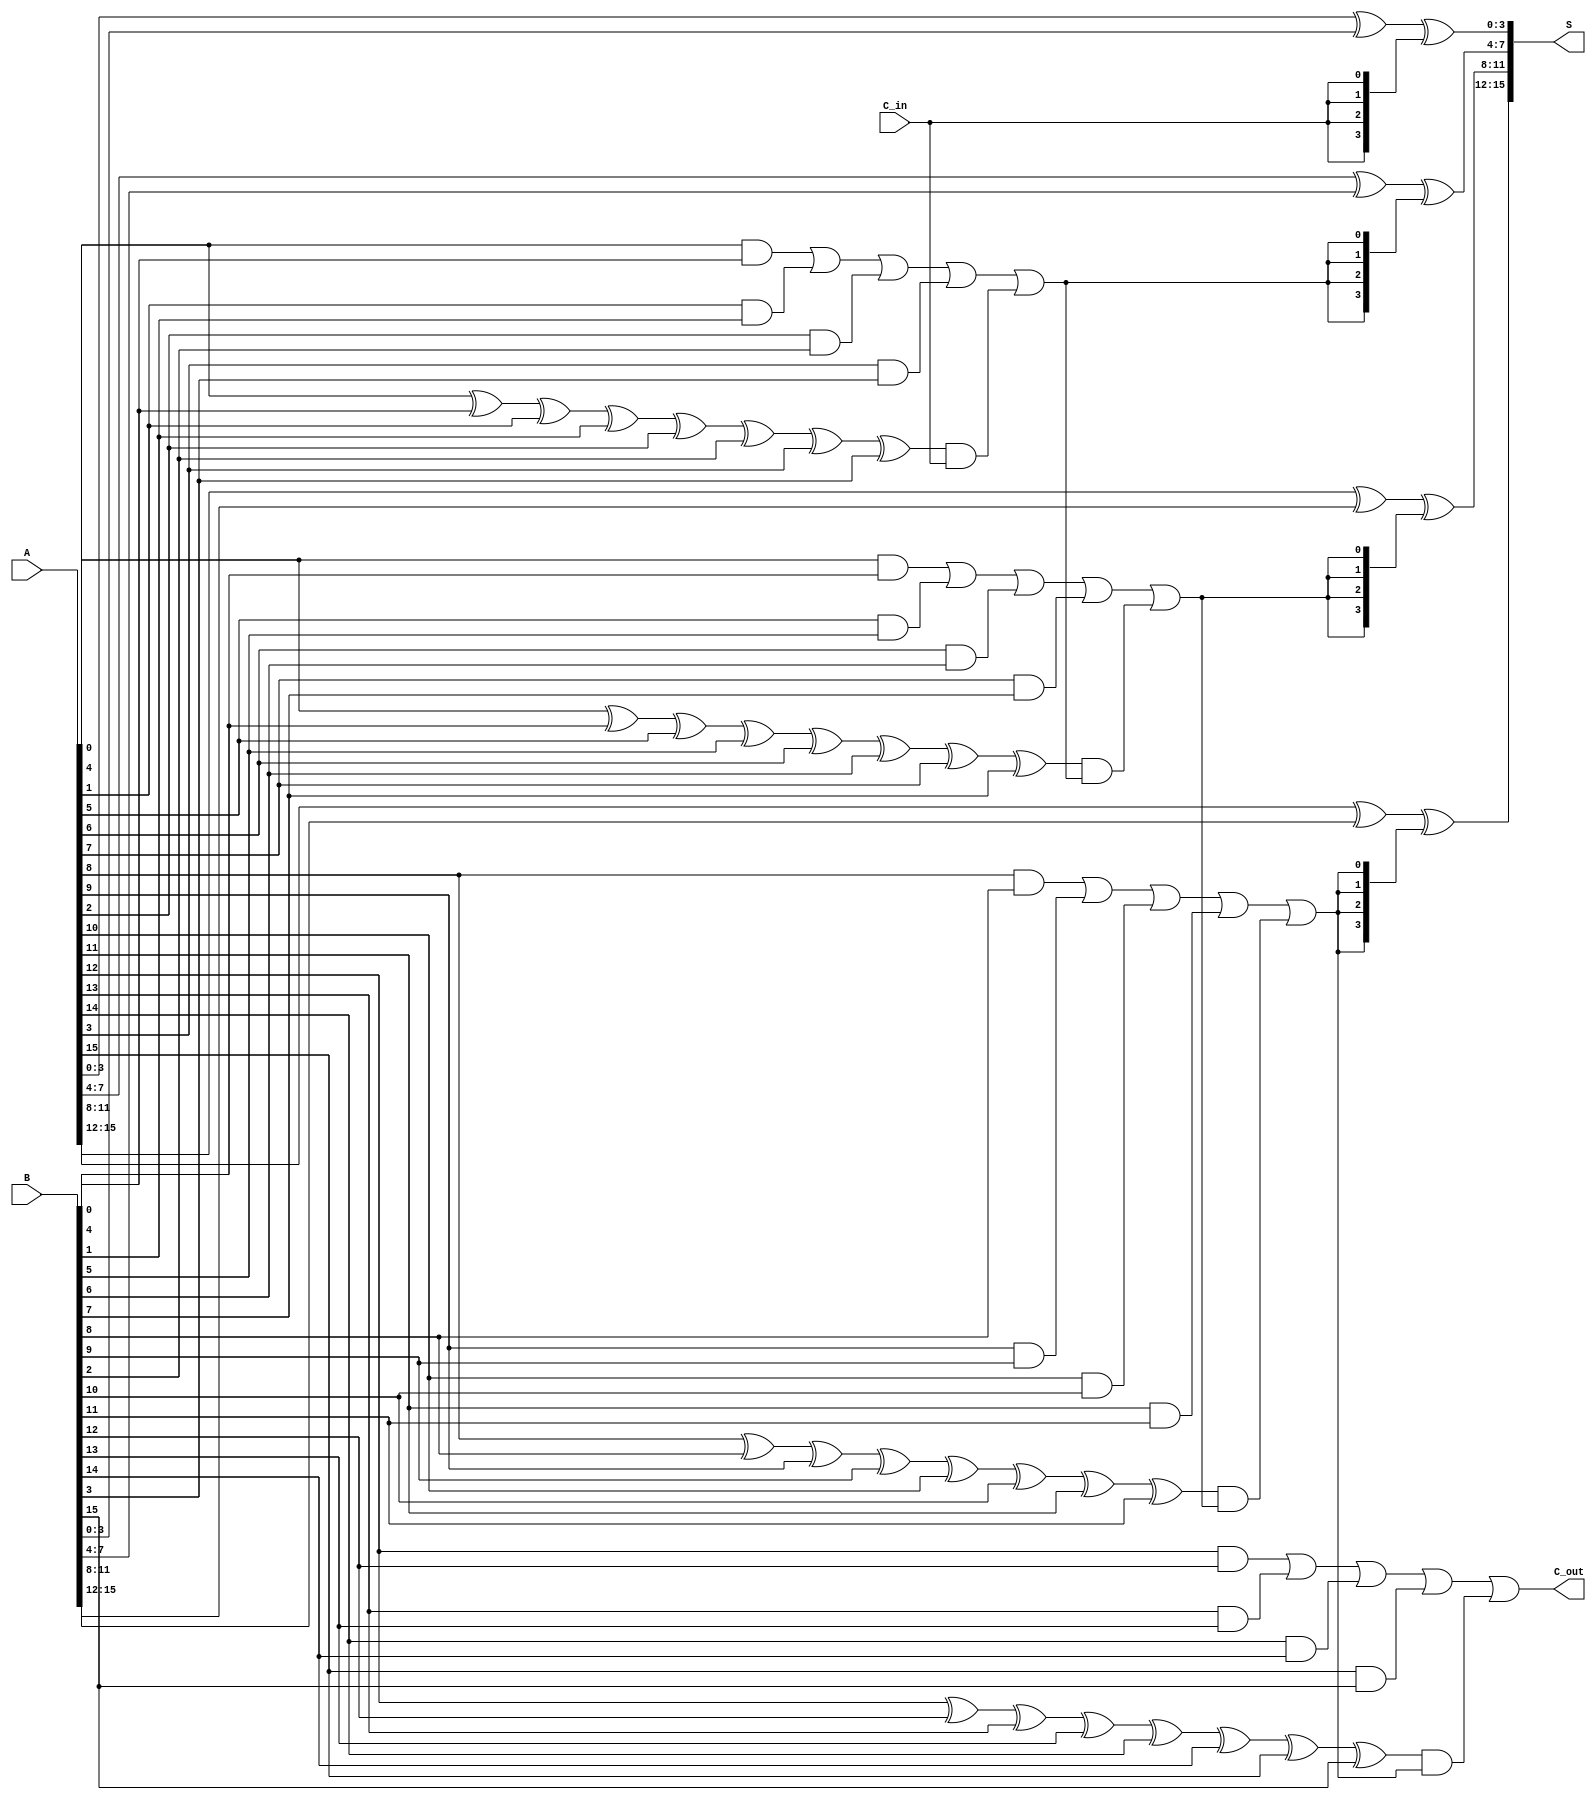
module CLA_16bit (
    input  [15:0] A,         // First 16-bit input
    input  [15:0] B,         // Second 16-bit input
    input         C_in,      // Carry-in
    output [15:0] S,         // 16-bit sum output
    output        C_out       // Carry-out
);
    // Intermediate signals
    wire [3:0] G;            // Generate signals for each group
    wire [3:0] P;            // Propagate signals for each group
    wire [3:0] C;            // Carry signals between groups

    // Full adders for each 4-bit group
    genvar i;
    generate
        for (i = 0; i < 4; i = i + 1) begin : FA_group
            wire [3:0] A_group = A[i*4 +: 4];
            wire [3:0] B_group = B[i*4 +: 4];
            wire C_in_group = (i == 0) ? C_in : C[i-1];

            // Generate and propagate signals
            assign G[i] = A_group[0] & B_group[0] | A_group[1] & B_group[1] | A_group[2] & B_group[2] | A_group[3] & B_group[3];
            assign P[i] = A_group[0] ^ B_group[0] ^ A_group[1] ^ B_group[1] ^ A_group[2] ^ B_group[2] ^ A_group[3] ^ B_group[3];

            // Calculate carry for the group
            assign C[i] = G[i] | (P[i] & C_in_group);

            // Sum calculation using carry
            assign S[i*4 +: 4] = A_group ^ B_group ^ {C_in_group, C_in_group, C_in_group, C_in_group};
        end
    endgenerate

    // Final carry-out
    assign C_out = C[3];

endmodule